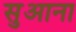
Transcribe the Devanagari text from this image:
सुआना